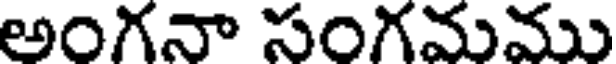
అంగనా సంగమము